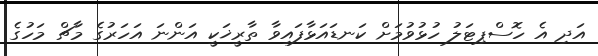
އަދި އެ ހޮސްޕިޓަލު ހުޅުވުމަށް ކަނޑައަޅާފައިވާ ތާރީޚަކީ އަންނަ އަހަރުގެ މާޗް މަހުގެ